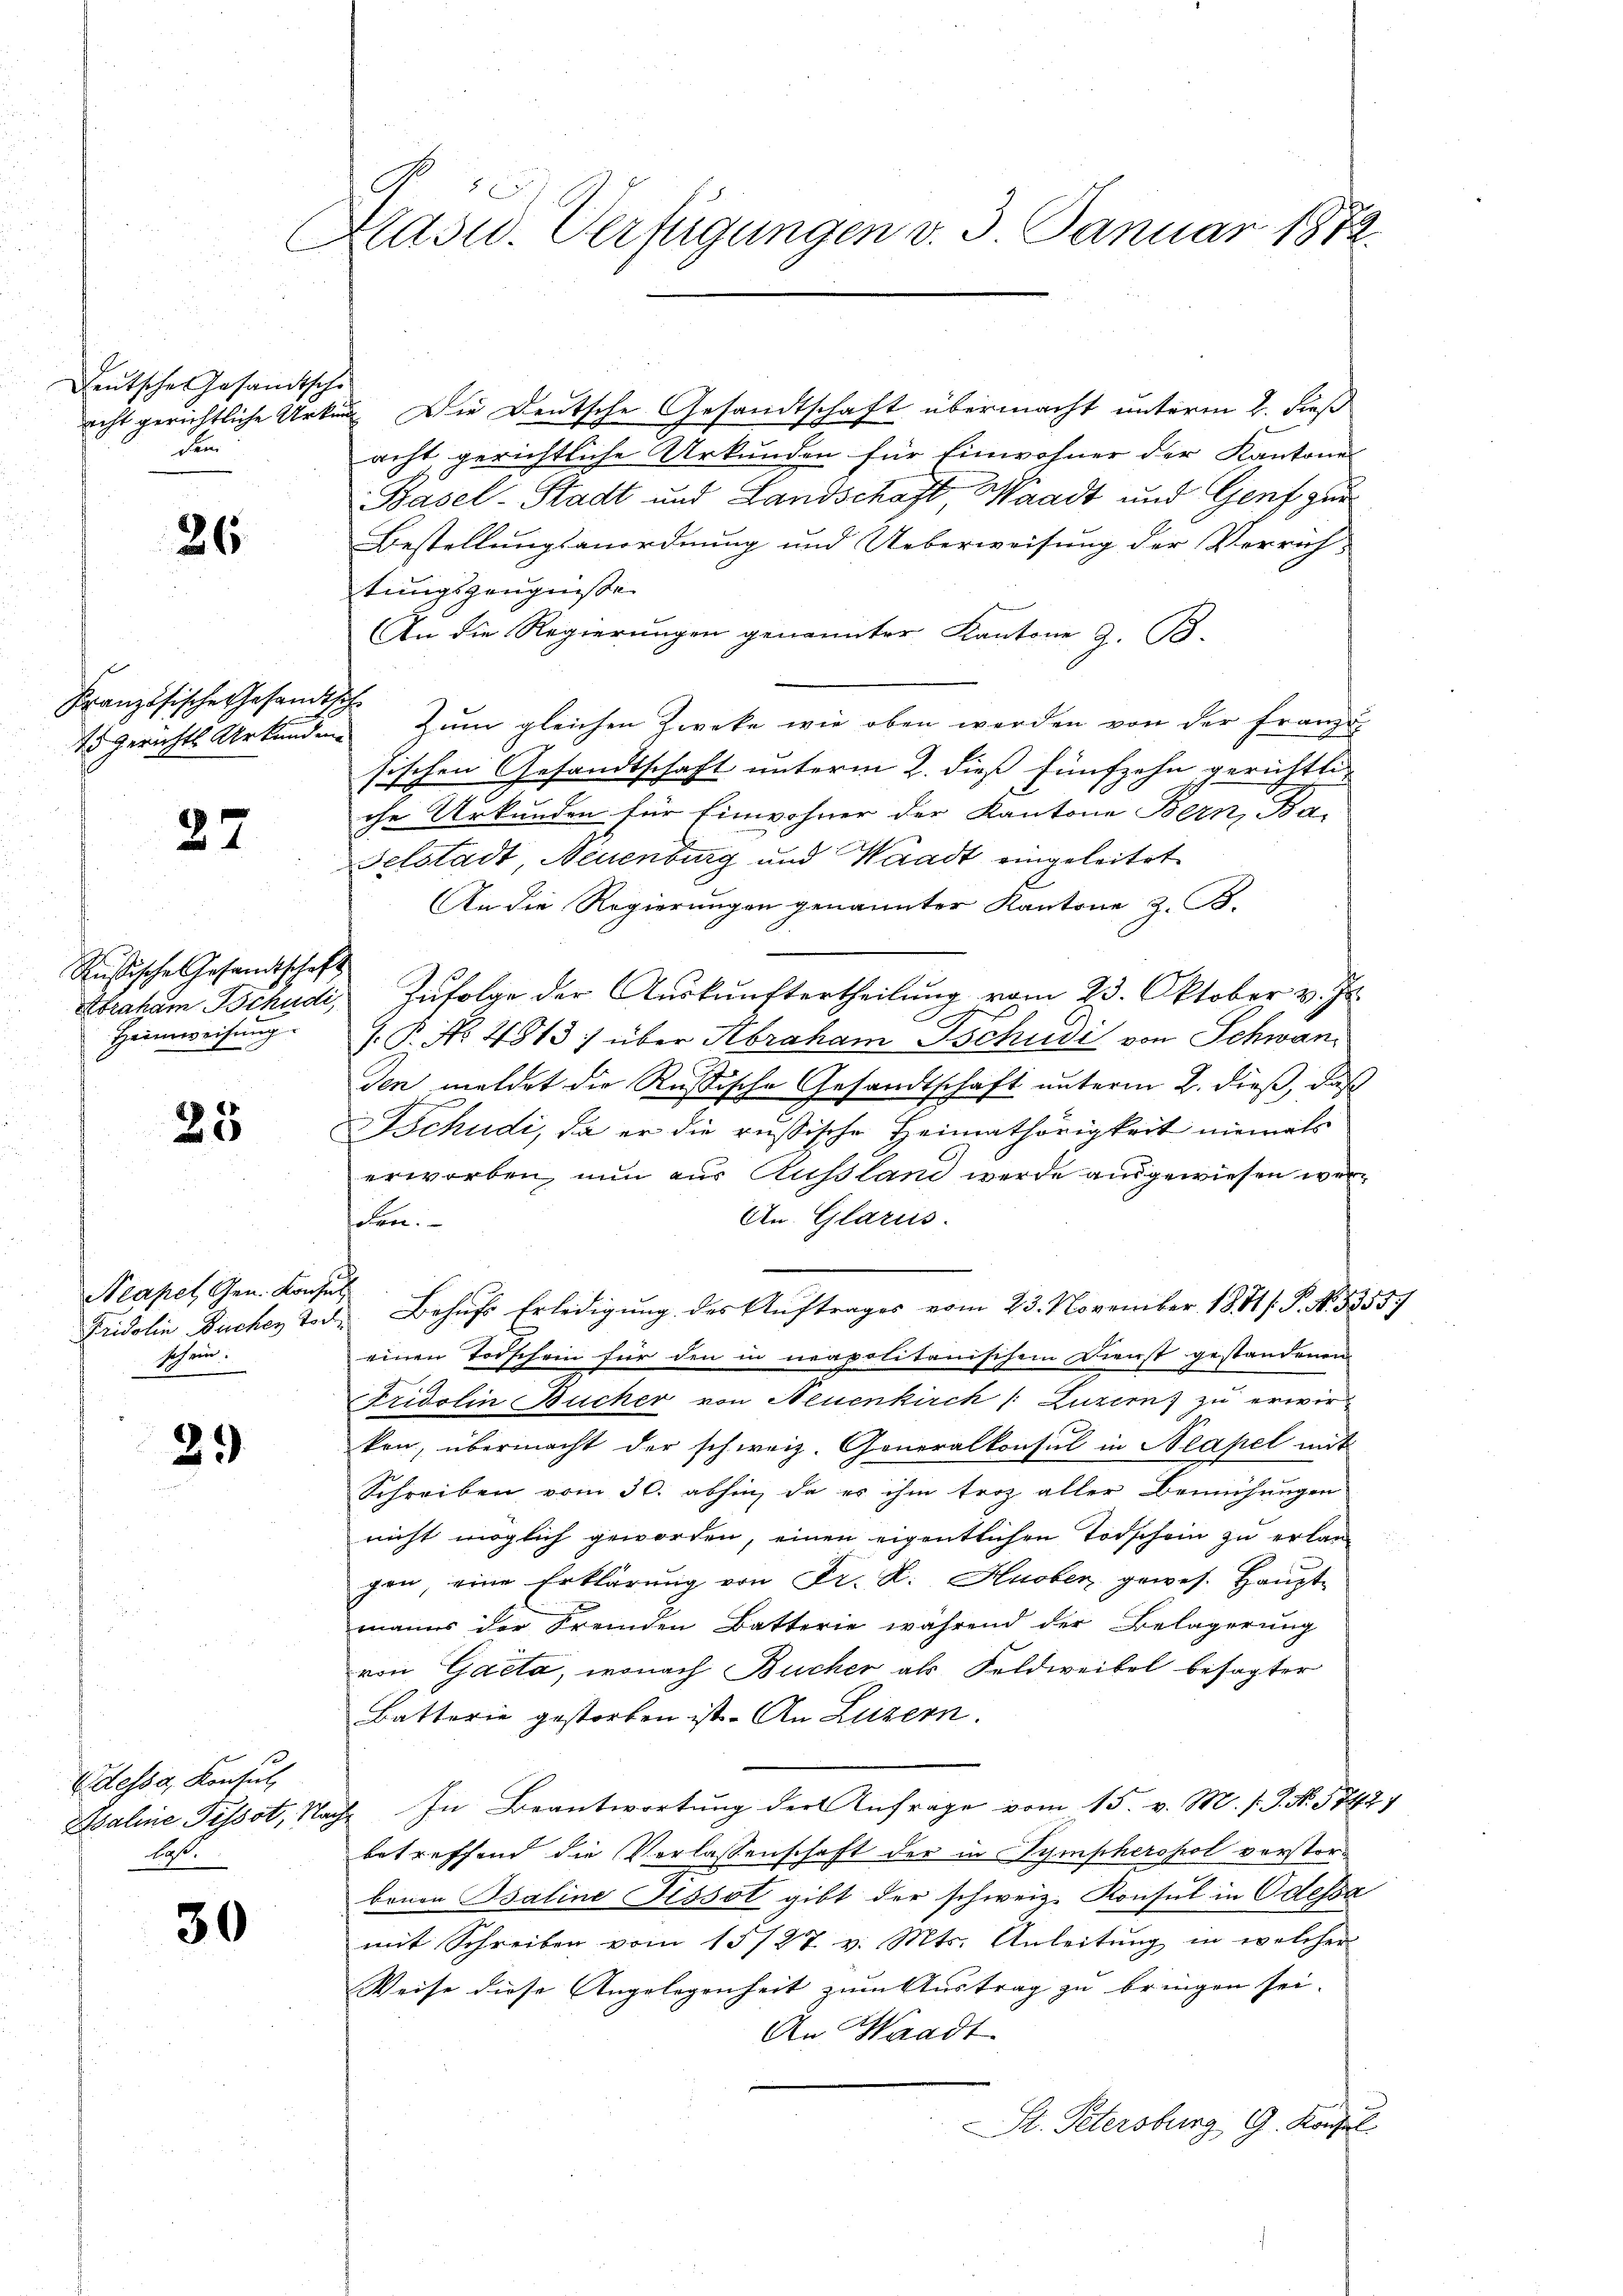
Deutsches Gesandtsche
dem

26

Französische Gesandt.

27

Russische Gesandtschaft
Heimweisung.

25

Neapel, Gen. Konse
Fridolin Bucher Tod
Schein.

2.)

Edessa, Konsul
Asaline Pissot, Nach
hast.

30

Masid. Verfügungen v. 3. Januar 1872

acht gerichtliche Urkung. Die Deutsche Gesandtschaft übermacht unterm 2. dieß
acht gerichtliche Urkunden für Einwohner der Kantones
Basel-Stadt und Landschaft, Waadt und Genf zur
Bestellungsanordnung und Ueberweisung der Verrich-
tungszeugnisse
An die Regierungen genannter Kantone z. B.
i
to gerichts Urkunden zum gleichen Zwecke wie oben werden von der Franze
sischen Gesandtschaft unterm 2. dieß fünfzehn gerichtli
che Urkunden für Einwohner der Kantone Bern, Ba-
Felstadt, Neuenburg und Waadt eingeleitet
An die Regierŭngen genannter Kantone z. B.
Abraham Schudi Zŭfolge der Aŭskŭnftertheilŭng vom 23. Oktober v. Js.
s. P. No 4913) über Abraham Tschudi von Schwanden meldet die Rußische Gesandtschaft unterm 2. dieß, daß
Tschudi, da er die russische Heimathörigkeit niemals
erworben, nun aus Aussland werde ausgewiesen wer¬
An Glarus.
den.
Behŭfs Erledigŭng des Aŭftrages vom 23. November 1881 /: P. No. 5355)
einen Todschein für den in neapolitanischem Dienst gestandenen
Fridolin Bücher von Neuenkirch /: Luzern zu erwir
kon, übermacht der schweiz. Generalkonsul in Neapel mit
Schreiben vom 30. abhin, da er ihm troz aller Bemühungen
nicht möglich geworden, einen eigentlichen Todschein zu erlangen, eine Erklärung von Fr. K. Huber gewes. Haupt-
manns der Fremden Batterie während der Belagerung
von Gaeta, wonach Bücher als Feldweibel besagter
Batterie gestorben ist. An Luzern.
2. In Beantwortung der Anfrage vom 15. v. M. P.P. Nr. 57427
betreffend die Verlassenschaft der in Sympherohol verstorbonen Baline Pissot gibt der schweiz. Konsul in Odessa
mit Schreiben vom 15/27. v. Mts. Anleitung in welcher
Weise diese Angelegenheit zum Austrag zu bringen sei.
An Waadt
St. Petersburg, G. Konsul